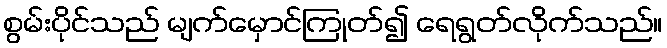
စွမ်းပိုင်သည် မျက်မှောင်ကြုတ်၍ ရေရွတ်လိုက်သည်။